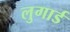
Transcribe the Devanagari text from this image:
लुगार्ड